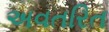
અવતરિત